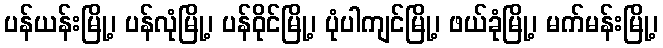
ပန်ယန်းမြို့၊ ပန်လုံမြို့၊ ပန်ဝိုင်မြို့၊ ပုံပါကျင်မြို့၊ ဖယ်ခုံမြို့၊ မက်မန်းမြို့၊